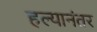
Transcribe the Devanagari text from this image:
हल्यानंतर